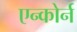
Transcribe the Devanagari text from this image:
एन्कोर्न